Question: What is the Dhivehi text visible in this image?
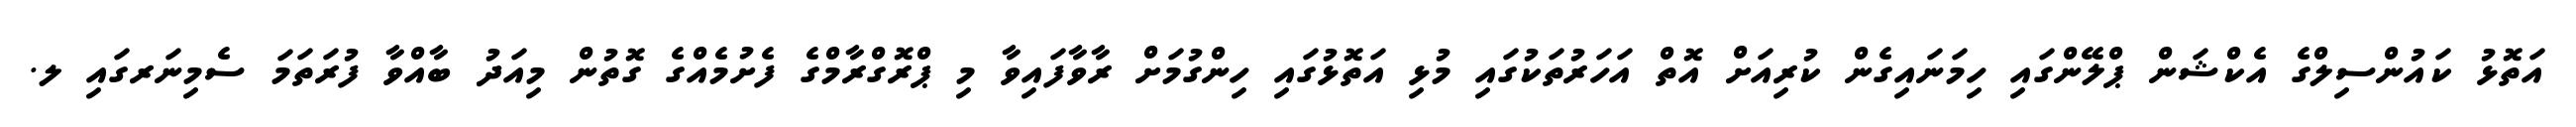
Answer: އަތޮޅު ކައުންސިލްގެ އެކްޝަން ޕްލޭންގައި ހިމަނައިގެން ކުރިއަށް އޮތް އަހަރުތަކުގައި މުޅި އަތޮޅުގައި ހިންގުމަށް ރާވާފައިވާ މި ޕްރޮގްރާމްގެ ފެށުމެއްގެ ގޮތުން މިއަދު ބާއްވާ ފުރަތަމަ ސެމިނަރގައި ލ.